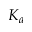
K _ { a }